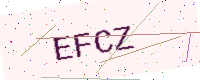
Text: EFCZ